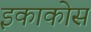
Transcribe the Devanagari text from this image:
इकाकोस